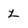
Character: z